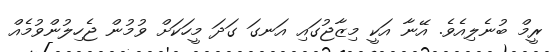
ރީމް ބުނެލިއެވެ. އޭނާ އަކީ މިޒާޖުގައި އަނގަ ގަދަ މީހަކަށް ވުމުން ޖެހިލުންވުމެއް